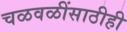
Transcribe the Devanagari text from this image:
चळवळींसाठीही